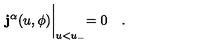
{ \bf j ^ { \alpha } } ( u , \phi ) \biggl | _ { u < u _ { - } } = 0 \quad .